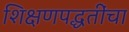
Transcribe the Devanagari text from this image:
शिक्षणपद्धतींचा